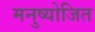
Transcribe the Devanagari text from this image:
मनुष्योजित